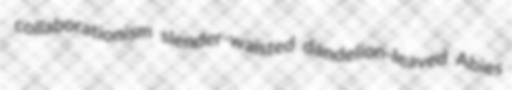
collaborationism slender-waisted dandelion-leaved Abies